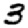
Digit: 3